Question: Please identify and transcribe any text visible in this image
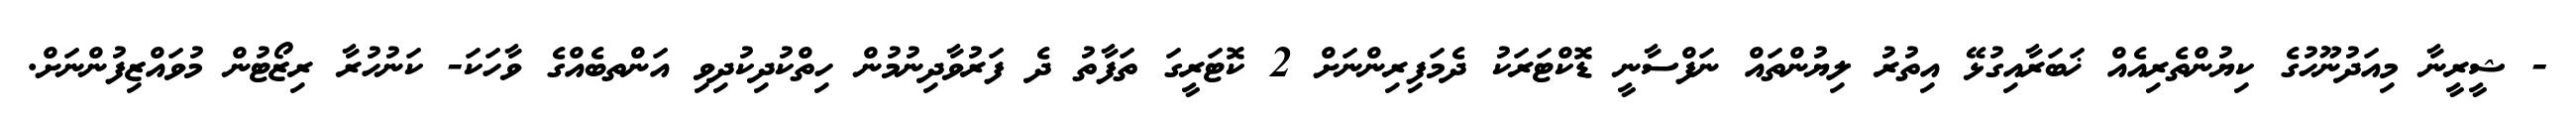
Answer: - ޝީރީނާ މިއަދުނޫހުގެ ކިޔުންތެރިއެއް ޚަބަރާއިގުޅޭ އިތުރު ލިޔުންތައް ނަފްސާނީ ޑޮކްޓަރަކު ދެމަފިރިންނަށް 2 ކޮޓަރީގަ ތަފާތު ދެ ފަރުވާދިނުމުން ހިތްކުދިކުދިވި އަންތބެއްގެ ވާހަކަ- ކަނުހުރާ ރިޒޯޓުން މުވައްޒިފުންނަށް.